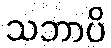
သဘာပိ